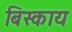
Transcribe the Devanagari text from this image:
बिस्काय